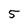
Character: 5